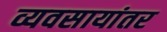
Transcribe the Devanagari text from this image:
व्यवसायांतर